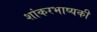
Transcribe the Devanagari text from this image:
शांकरभाष्यकी